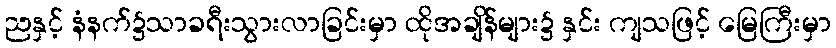
ညနှင့် နံနက်၌သာခရီးသွားလာခြင်းမှာ ထိုအချိန်များ၌ နှင်း ကျသဖြင့် မြေကြီးမှာ